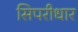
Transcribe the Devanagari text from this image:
सिपरीधार